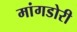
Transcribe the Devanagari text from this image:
मांगडोरी